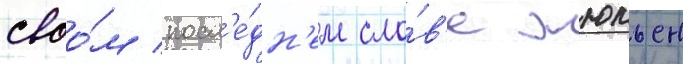
своо́м посл'е́дн'ем сло́в'е жюльен